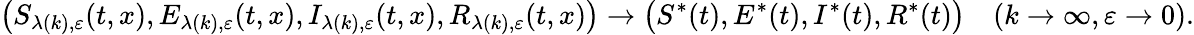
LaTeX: \left(S_{\lambda(k),\varepsilon}(t,x),E_{\lambda(k),\varepsilon}(t,x),I_{\lambda(k),\varepsilon}(t,x),R_{\lambda(k),\varepsilon}(t,x)\right)\rightarrow\bigl(S^{*}(t),E^{*}(t),I^{*}(t),R^{*}(t)\bigr)\quad(k\rightarrow\infty,\varepsilon\rightarrow 0).